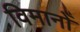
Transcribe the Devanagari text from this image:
विमानोँ